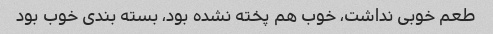
طعم خوبی نداشت، خوب هم پخته نشده بود، بسته بندی خوب بود